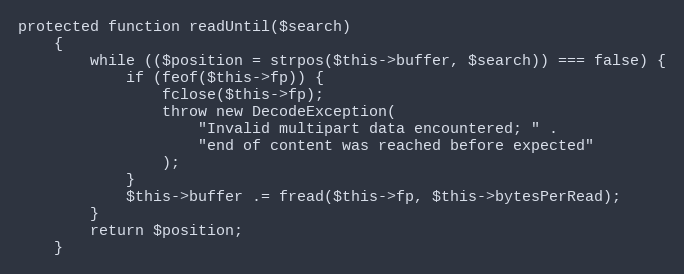
Language: PHP
protected function readUntil($search)
    {
        while (($position = strpos($this->buffer, $search)) === false) {
            if (feof($this->fp)) {
                fclose($this->fp);
                throw new DecodeException(
                    "Invalid multipart data encountered; " .
                    "end of content was reached before expected"
                );
            }
            $this->buffer .= fread($this->fp, $this->bytesPerRead);
        }
        return $position;
    }